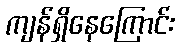
ကျန်ရှိနေကြောင်း